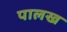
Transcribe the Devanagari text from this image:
पालख